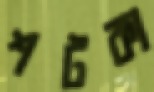
শটকা